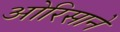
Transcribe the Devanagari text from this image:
ओरिसाने